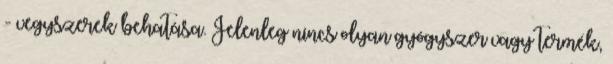
- vegyszerek behatása. Jelenleg nincs olyan gyógyszer vagy termék,